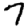
Digit: 7